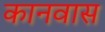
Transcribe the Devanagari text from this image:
कानवास